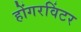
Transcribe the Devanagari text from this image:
होंगरविंटर